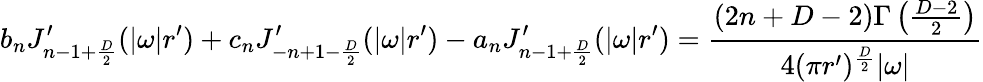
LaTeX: b_{n}J_{n-1+{\frac{D}{2}}}^{\prime}(|\omega|r^{\prime})+c_{n}J_{-n+1-{\frac{D}{2}}}^{\prime}(|\omega|r^{\prime})-a_{n}J_{n-1+{\frac{D}{2}}}^{\prime}(|\omega|r^{\prime})={\frac{(2n+D-2)\Gamma\left({\frac{D-2}{2}}\right)}{4(\pi r^{\prime})^{\frac{D}{2}}|\omega|}}